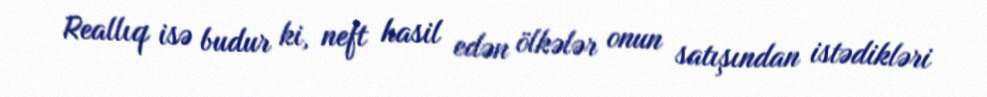
Reallıq isə budur ki, neft hasil edən ölkələr onun satışından istədikləri